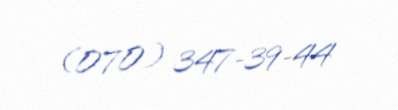
(070) 347-39-44